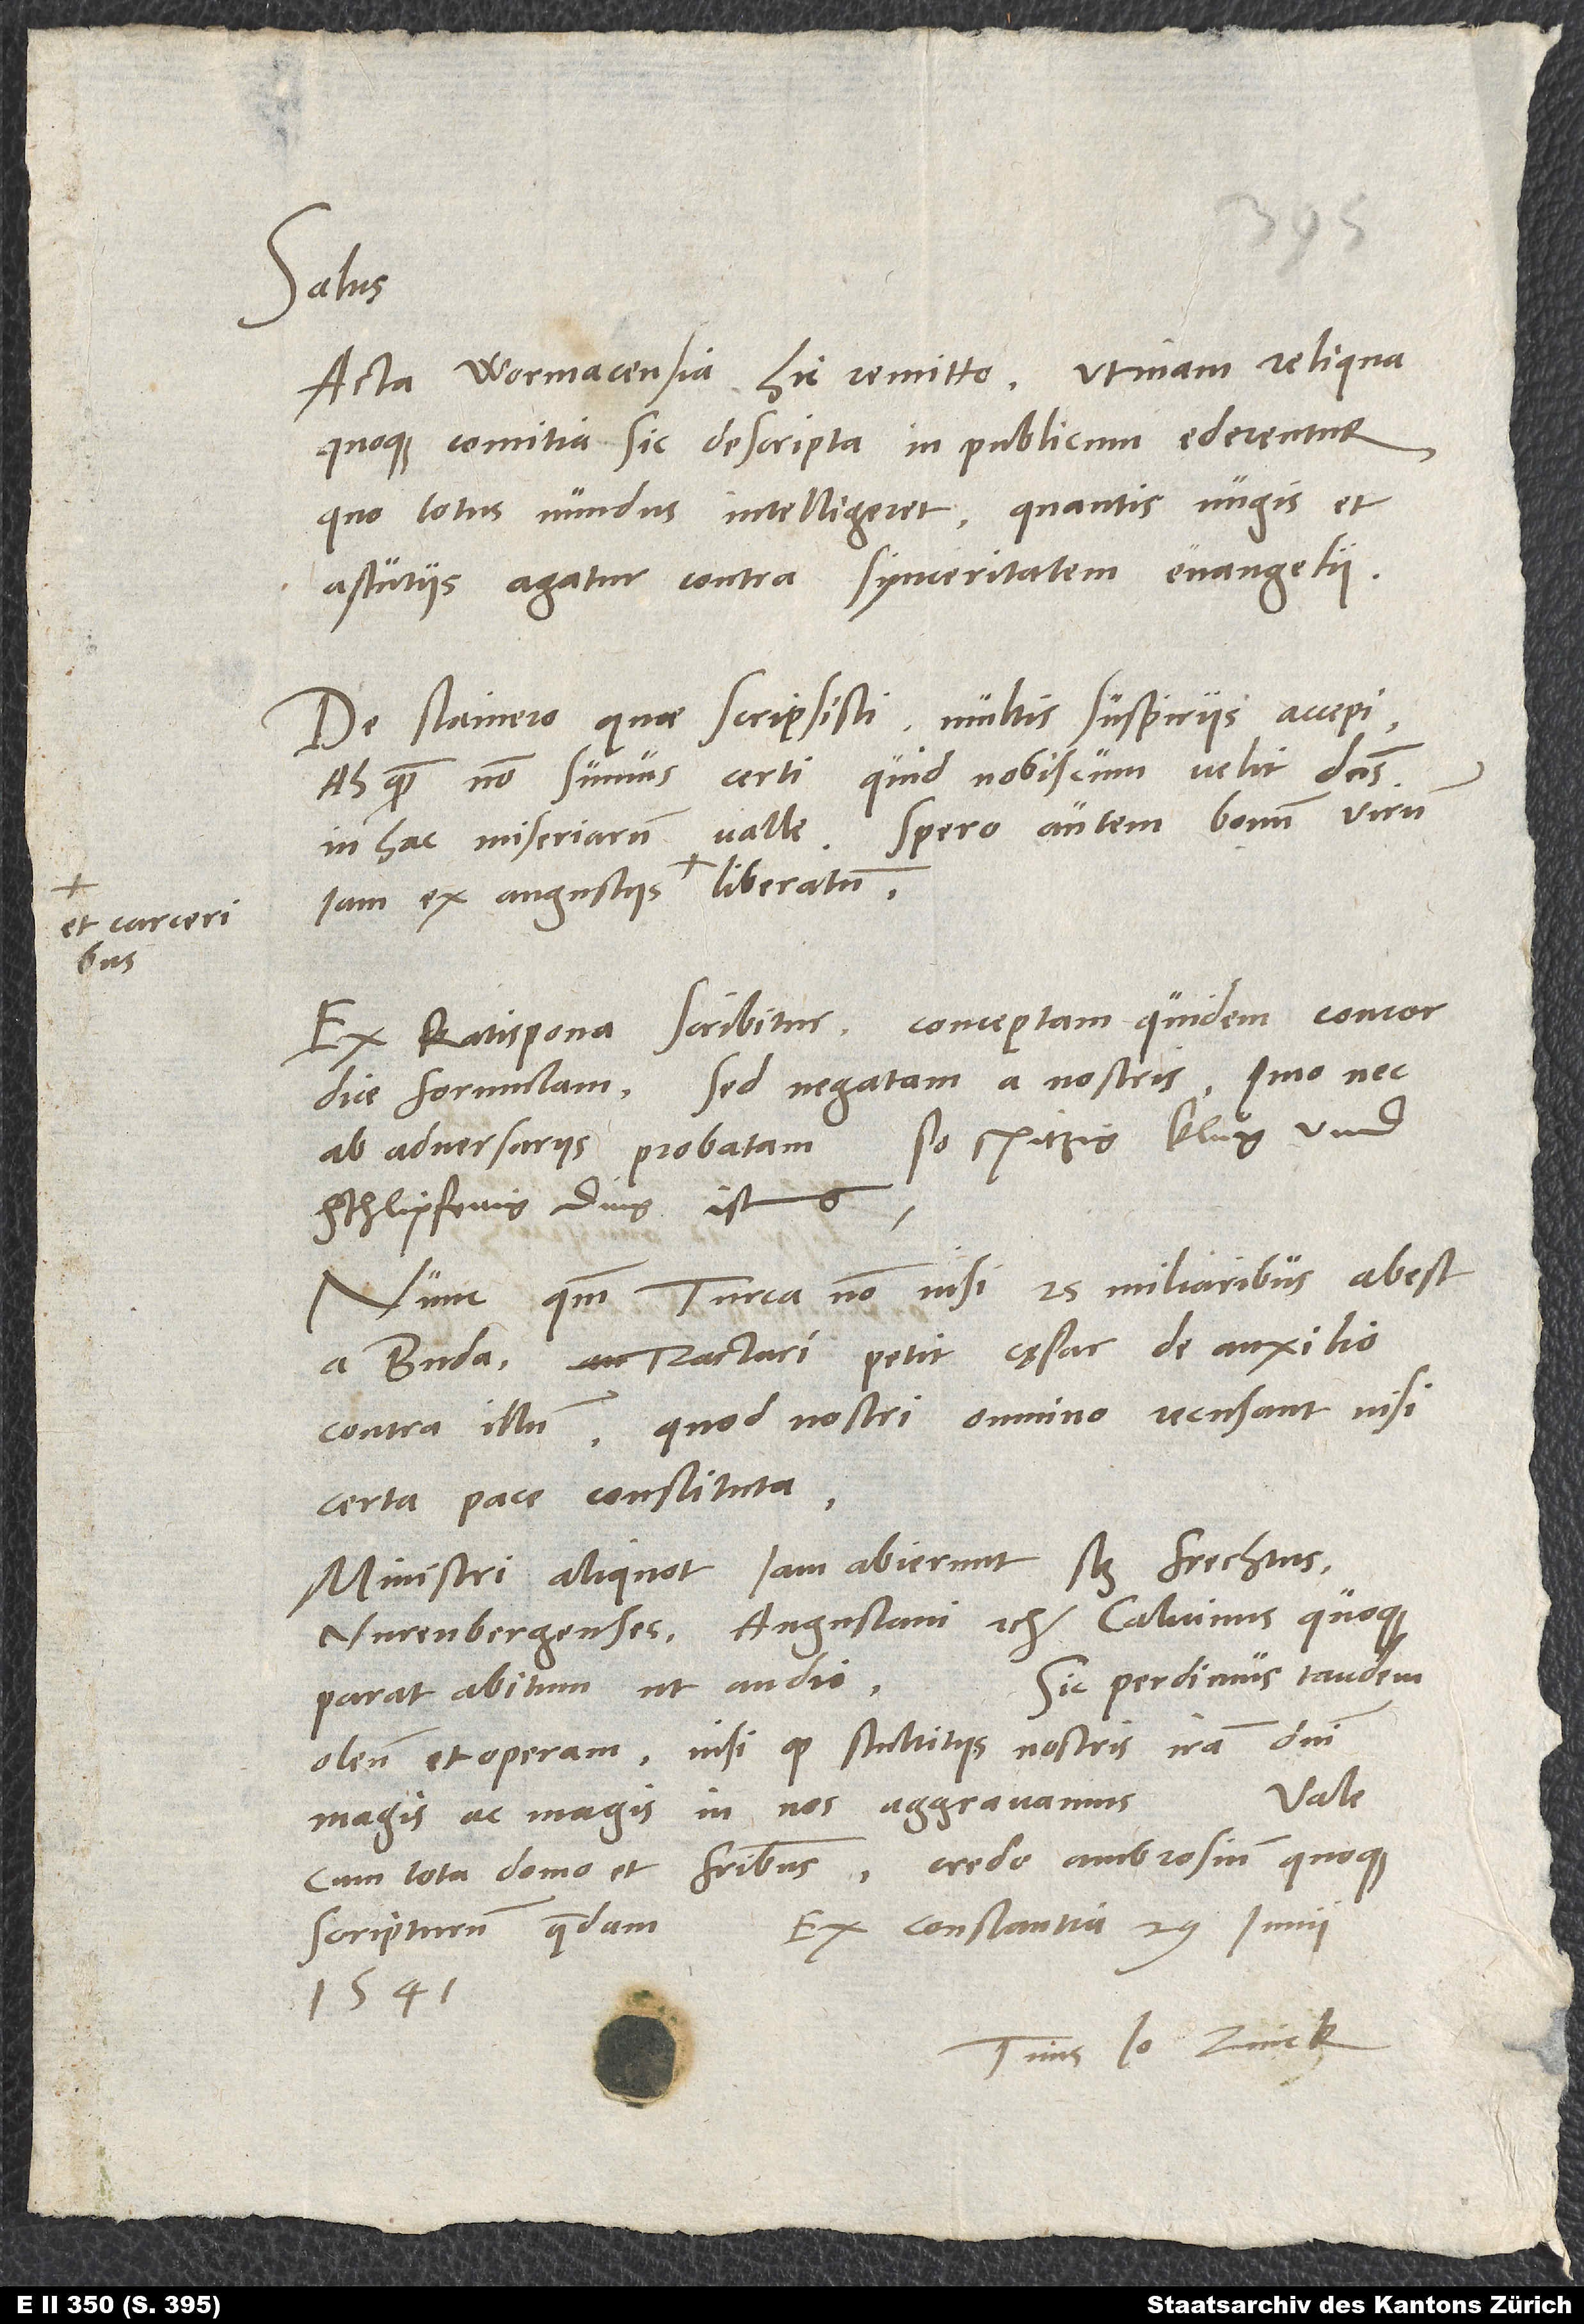
Salus.
Acta Wormacensia hic remitto. Utinam reliqua
quoque comitia sic descripta in publicum ederentur,
quo totus mundus intelligeret, quantis nugis et
astutiis agatur contra synceritatem evangelii!
De Stainero quae scripsisti, multis suspiriis accepi.
Ah, quam non sumus certi, quid nobiscum velit dominus
in hac miseriarum valle! Spero autem bonum virum
Ex Ratispona scribitur conceptam quidem concordiae
formulam, sed negatam a nostris, imo nec
ab adversariis probatam. So spitzig, kluͦg und
gschlipferig ding ists.
Nunc, quoniam Turca non nisi 25 miliaribus abest
a Buda, tractari petit cęsar de auxilio
contra illum, quod nostri omnino recusant nisi
certa pace constituta.
Ministri aliquot iam abierunt, scilicet Frechtus,
Nurenbergenses, Augustani etc. Calvinus quoque
Sic perdimus tandem
parat abitum, ut audio.
oleum et operam, nisi quod stultitiis nostris iram domini
Vale
magis ac magis in nos aggravamus.
cum tota domo et fratribus. Credo Ambrosium quoque
Ex Constantia, 29. iunii
scripturum quaedam.
1541.
Tuus Io. Zvick.